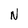
Character: N